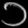
Digit: ၁